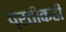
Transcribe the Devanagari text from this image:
प्रतीकही